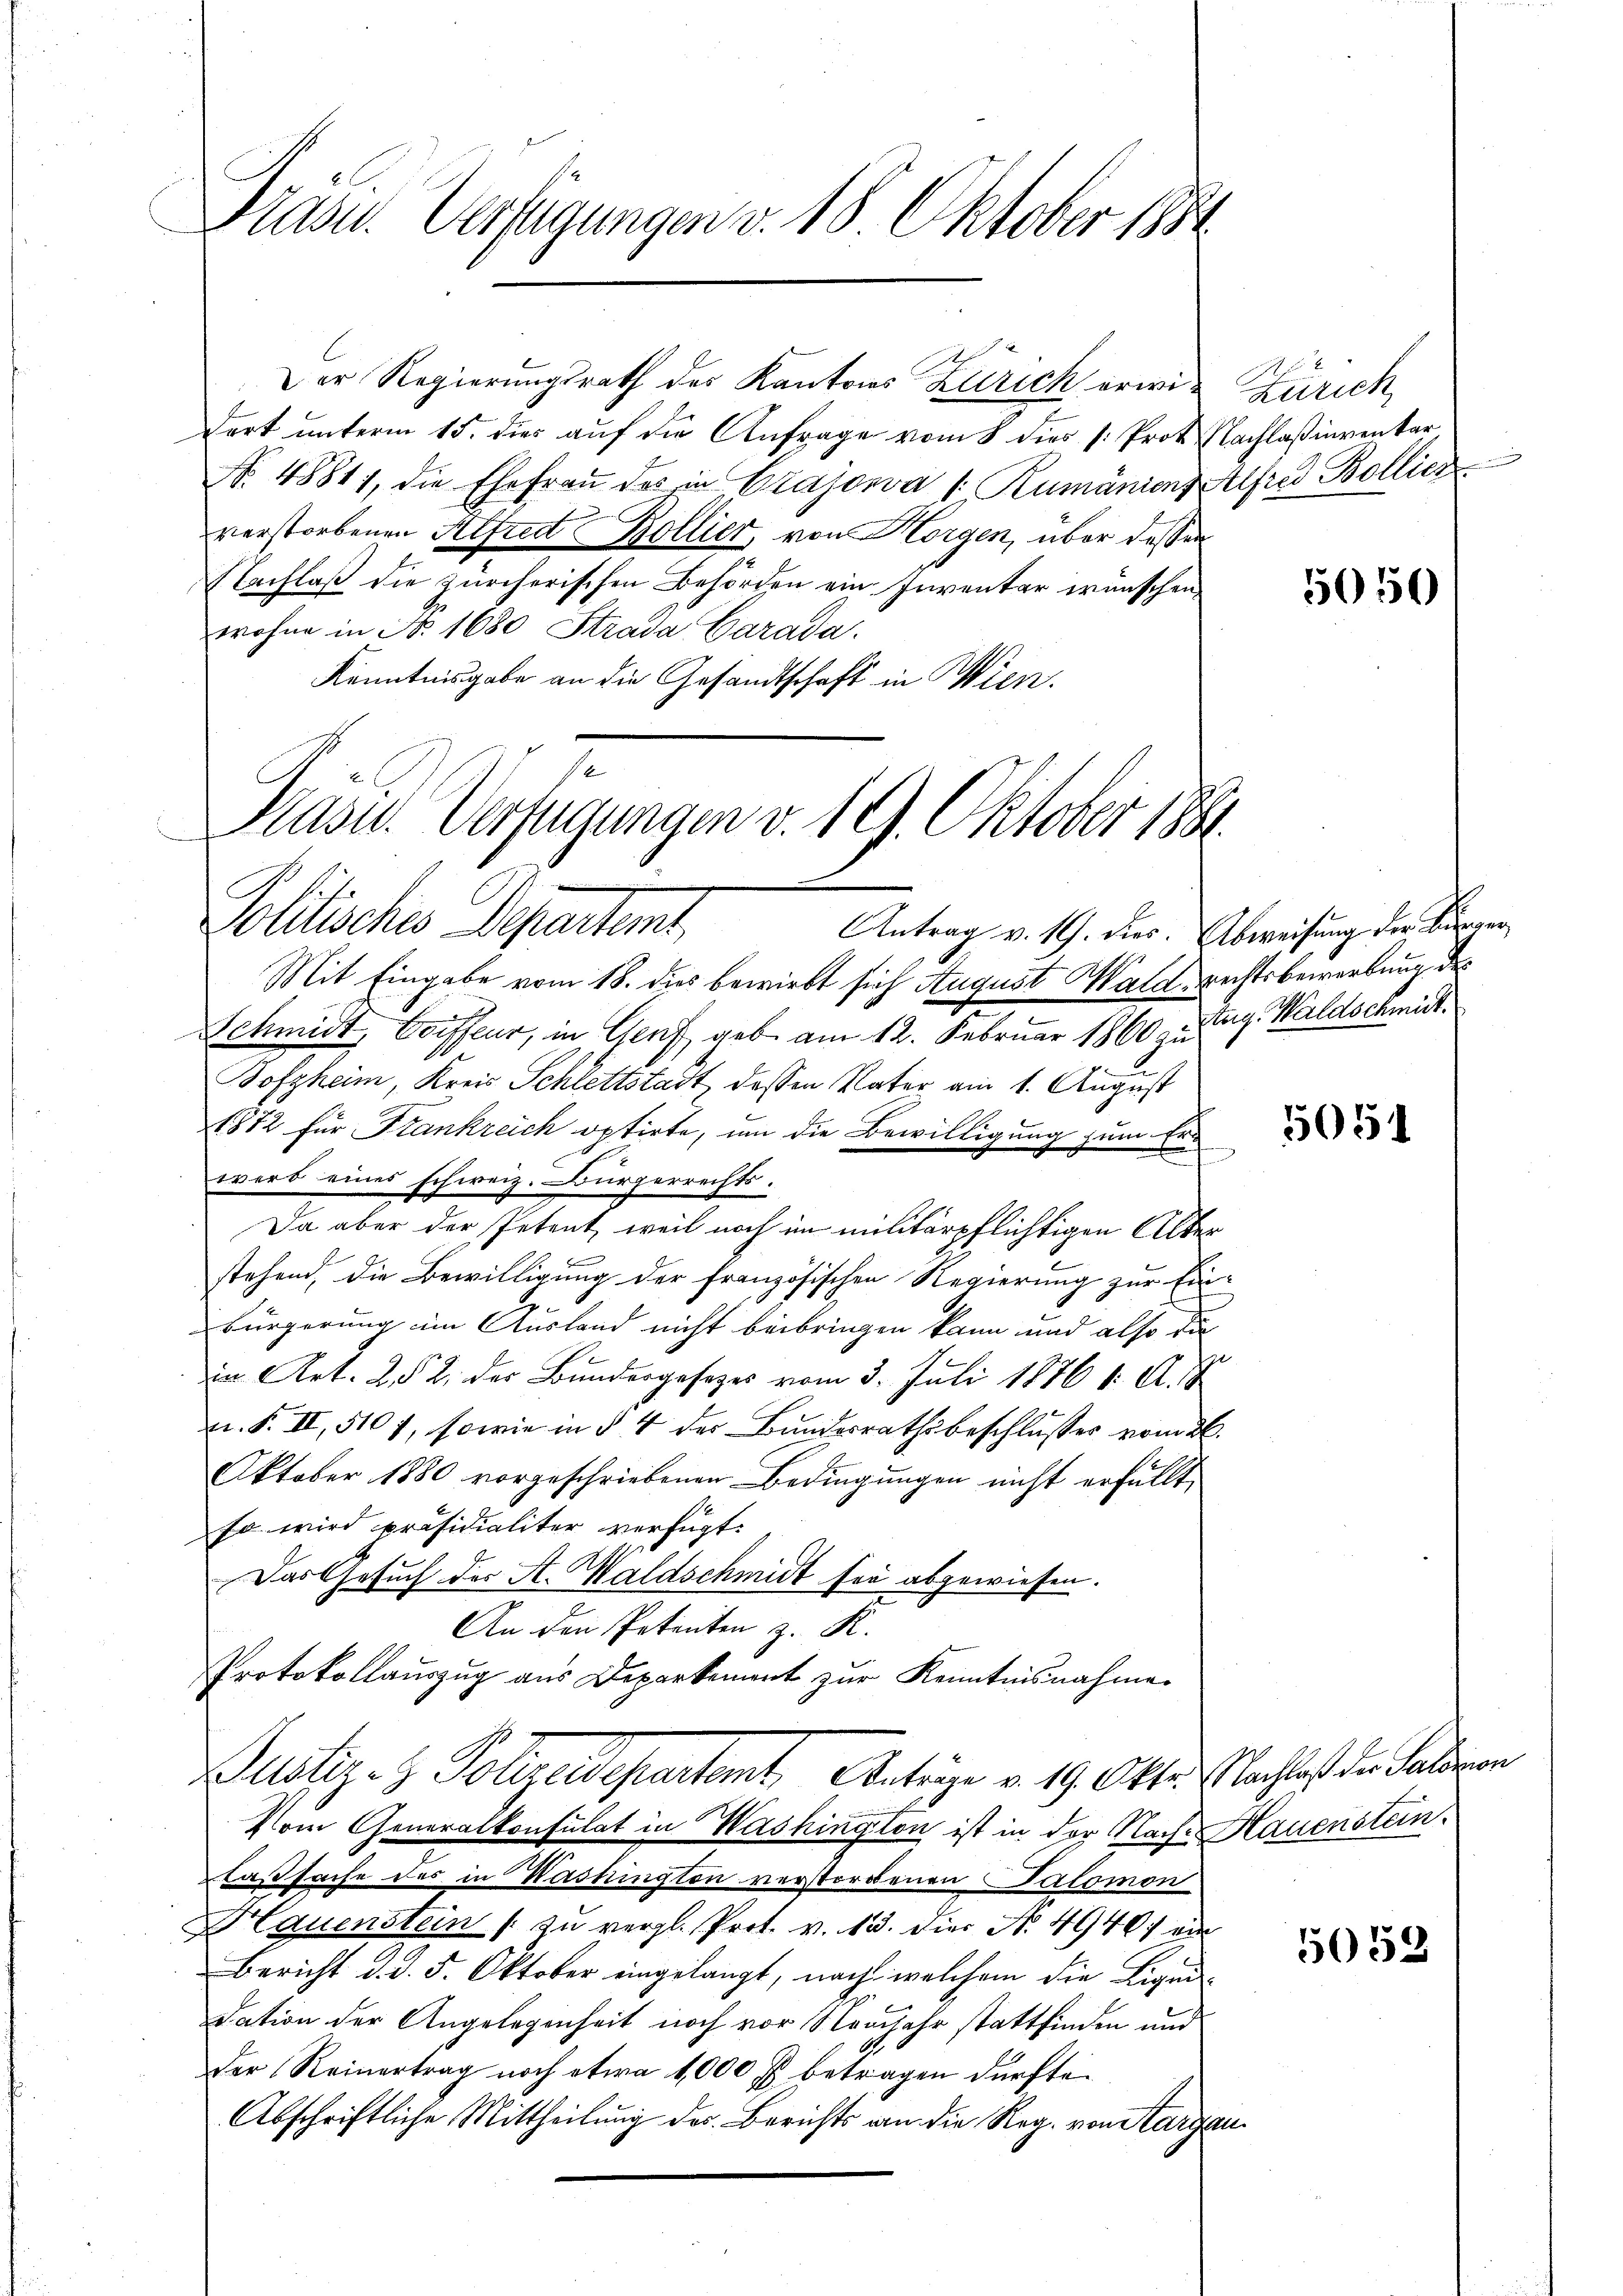
Präsid. Verfügungen v. 18. Oktober 1884

Der Regierungsrath des Kantons Zürich erwidort unterm 15. dies auf die Anfrage vom 8 dies /: Prot. Nachlaßinventar
No. 48811, die Ehefraŭ des in Crajora /: Rumänienz Alfred Bollier
verstorbenen Alfred Bollier, von Horgen, über dessen
Nachlaß die zürcherischen Behörden ein Inventar wünschen,
wohne in Nr. 1680 Strada Carada.
Kenntnisgabe an die Gesandtschaft in Wien.

Dasu. Verfügungen v. 19. Oktober 1881.
Solitisches Departet,
Antrag v. 19. dies. Abweisung der Bürger¬

Mit Eingabe vom 18. dies bewirkt sich August Wald rechtsbewerbung des
Schmidt, Coiffeur, in Genf, geb. am 12. Februar 1860 zu Tag. Waldschmit¬
Bofzheim, Kreis Schlettstadt, dessen Vater am 1. August
1872 für Stankreich optirte, an die Bewilligung zum Ern
werd eines schweiz. Bürgerrechts¬
Da aber der Petent, weil noch im militärpflichtigen Alter
stehend, die Bewilligung der französischen Regierung zur Ein¬
Bürgerung im Ausland nicht beibringen kann und also die
in Art. 2 § 2. der Bundergesetzes vom 3. Juli 1876 1: A. 1
n.S. II, 510 f, sowie in § 4 der Bandesrathsbeschlusses vom 26.
Oktober 1880 vorgeschriebenen Bedingungen nicht erfüllt,
so wird präsidialiter verfügt:
Das Gesuch der A. Waldschmidt sei abgewiesen.
An den Petenten z. R.
Protokollauszug aus Deparkement zur Kenntnisnahme
Justiz- & Polizeidepartamt Antrage v. 19. Okt. Nachlaß der Patron
Vom Generalkonsulat in Washington ist in der Nach-Hauenstein.
laßsache des in Washington verstorbenen Salomon
Hauenstein / zu vergl. Prot. v. 13. dies N. 4940. von
Bericht d. d. 5. Oktober eingelangt, nach welchem die Liquidation der Angelegenheit noch vor Neujahr stattfinden und
der Reinertrag noch etwa 1000 fl betragen dürfte.
Abschriftliche Mittheilung des Berichts an die Reg. von Sargau

Zürich

5050

5051

5059